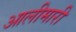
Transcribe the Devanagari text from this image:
आलीमारी